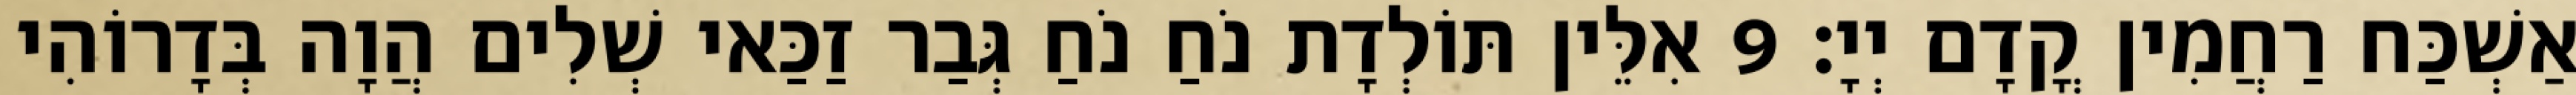
אַשְׁכַּח רַחֲמִין קֳדָם יְיָ׃ 9 אִלֵּין תּוֹלְדָת נֹחַ נֹחַ גְּבַר זַכַּאי שְׁלִים הֲוָה בְּדָרוֹהִי